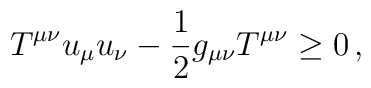
T^{\mu\nu}u_{\mu}u_{\nu}-\frac 12 g_{\mu\nu}T^{\mu\nu}\geq0\,,